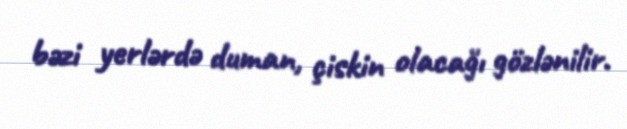
bəzi yerlərdə duman, çiskin olacağı gözlənilir.